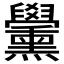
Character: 𦧀